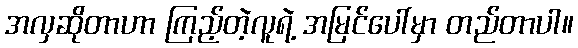
အလှဆိုတာဟာ ကြည့်တဲ့လူရဲ့ အမြင်ပေါ်မှာ တည်တာပါ။